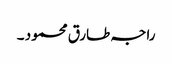
راجہ طارق محمود ۔